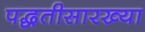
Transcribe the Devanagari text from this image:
पद्धतीसारख्या